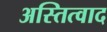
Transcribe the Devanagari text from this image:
अस्तित्वाद